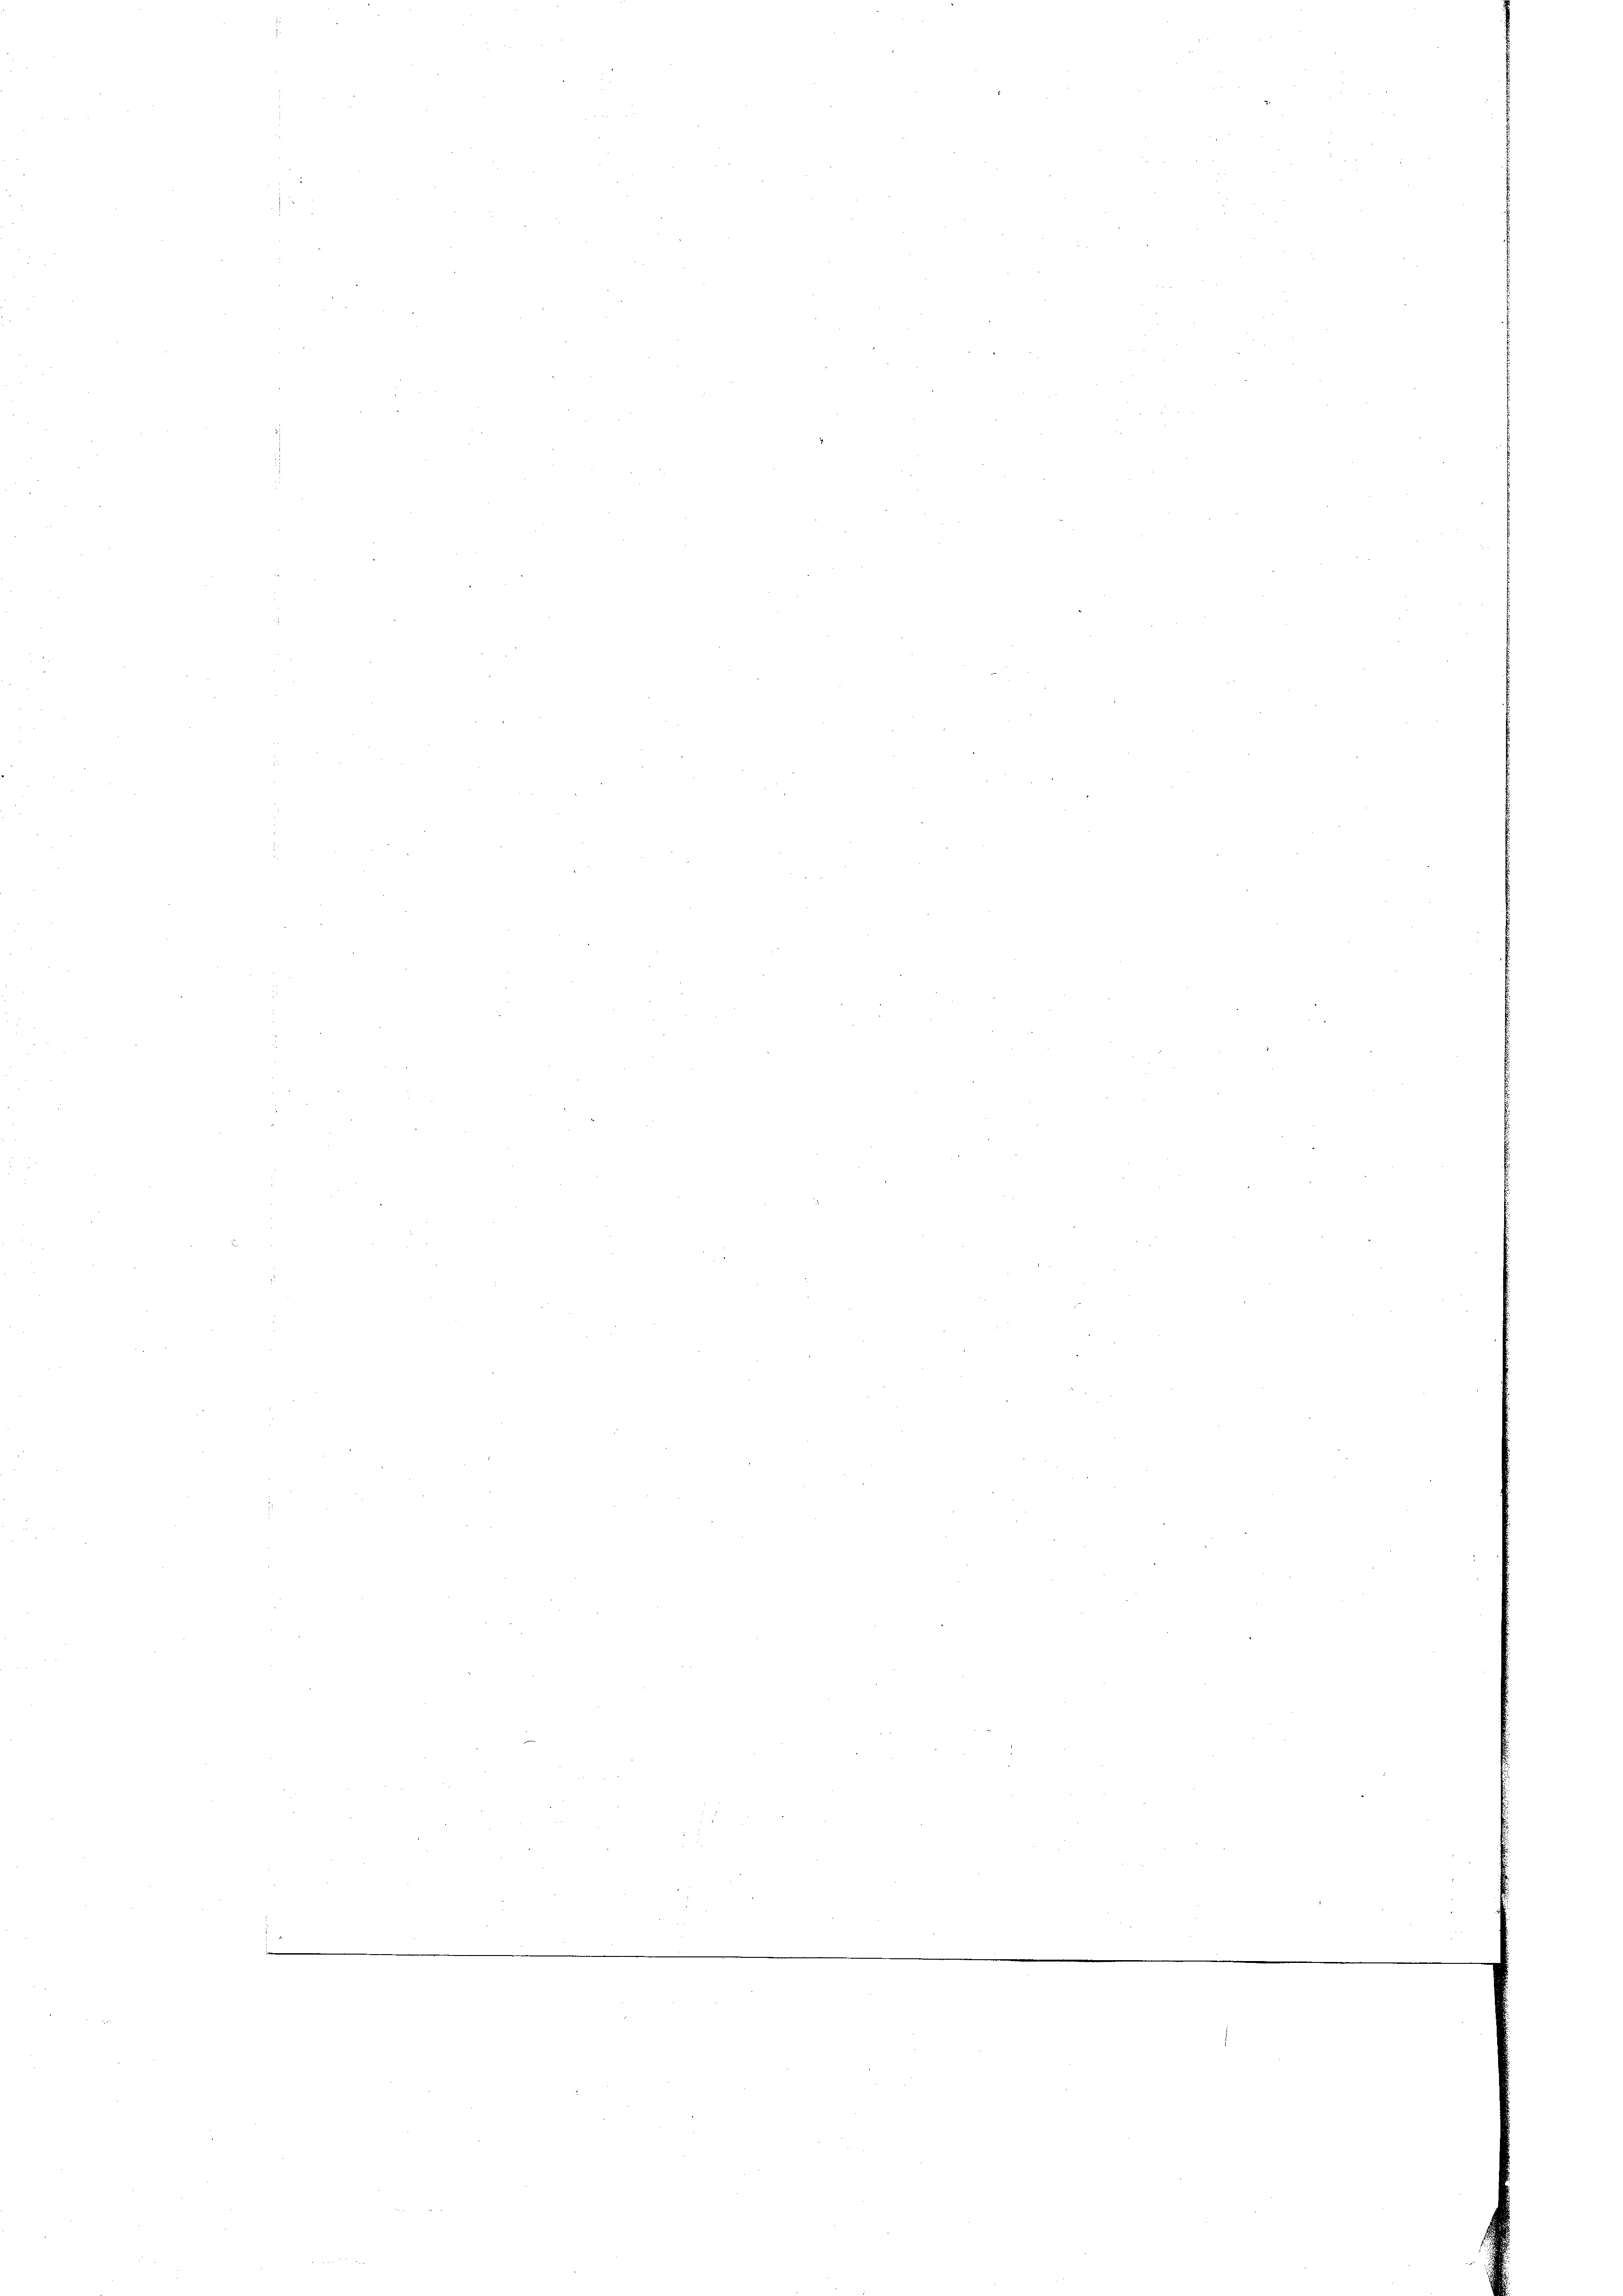
v

.

e